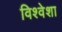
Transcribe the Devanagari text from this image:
विश्वेशा